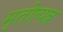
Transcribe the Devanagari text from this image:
मृतोत्पन्न